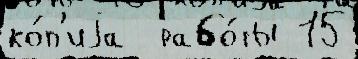
ко́п'иjа  рабо́ты 15